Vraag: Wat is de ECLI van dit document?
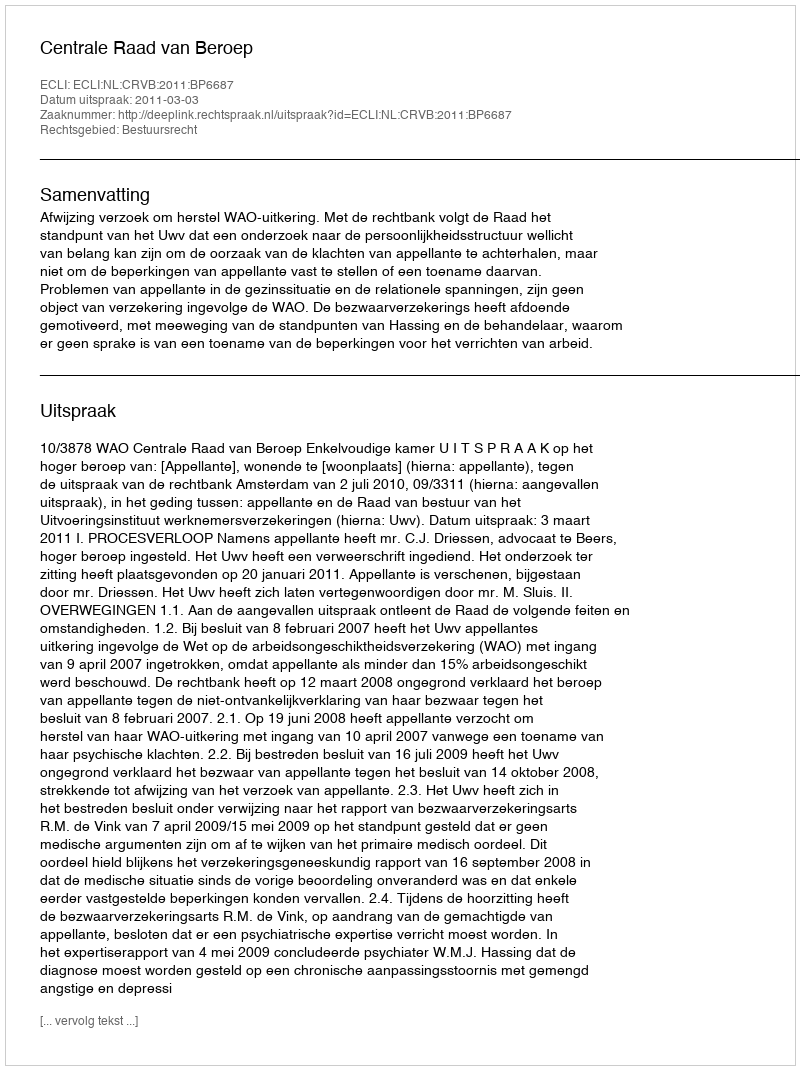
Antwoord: ECLI:NL:CRVB:2011:BP6687